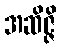
အဆိဇ္ဇိ